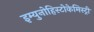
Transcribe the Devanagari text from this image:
इम्युनोहिस्टोकेमिस्ट्री